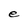
Character: e